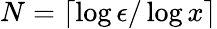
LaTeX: N=\lceil\log\epsilon/\log x\rceil